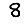
Digit: 8